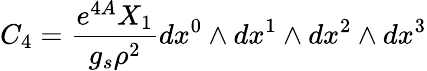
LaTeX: C_{4}={\frac{e^{4A}X_{1}}{g_{s}\rho^{2}}}dx^{0}\wedge dx^{1}\wedge dx^{2}\wedge dx^{3}